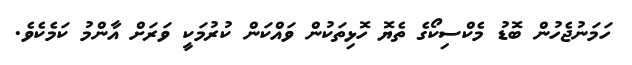
ހަމަނުޖެހުން ބޮޑު މެކްސިކޯގެ ތެޔޮ ހޮޅިތަކުން ވައްކަން ކުރުމަކީ ވަރަށް އާންމު ކަމެކެވެ.